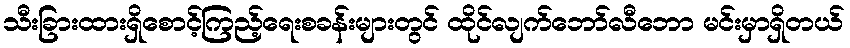
သီးခြားထားရှိစောင့်ကြည့်ရေးစခန်းများတွင် ထိုင်လျက်ဘော်လီဘော မင်းမှာရှိတယ်